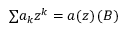
{ \textstyle \sum } a _ { k } z ^ { k } = a ( z ) \, ( \boldsymbol B )